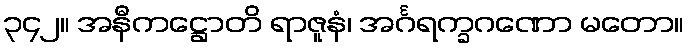
၃၄၂။ အနီကဋ္ဌောတိ ရာဇူနံ၊ အင်္ဂရက္ခဂဏော မတော။